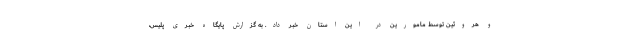
و هروئین توسط مامورین در این استان خبر داد. به گزارش پایگاه خبری پلیس،